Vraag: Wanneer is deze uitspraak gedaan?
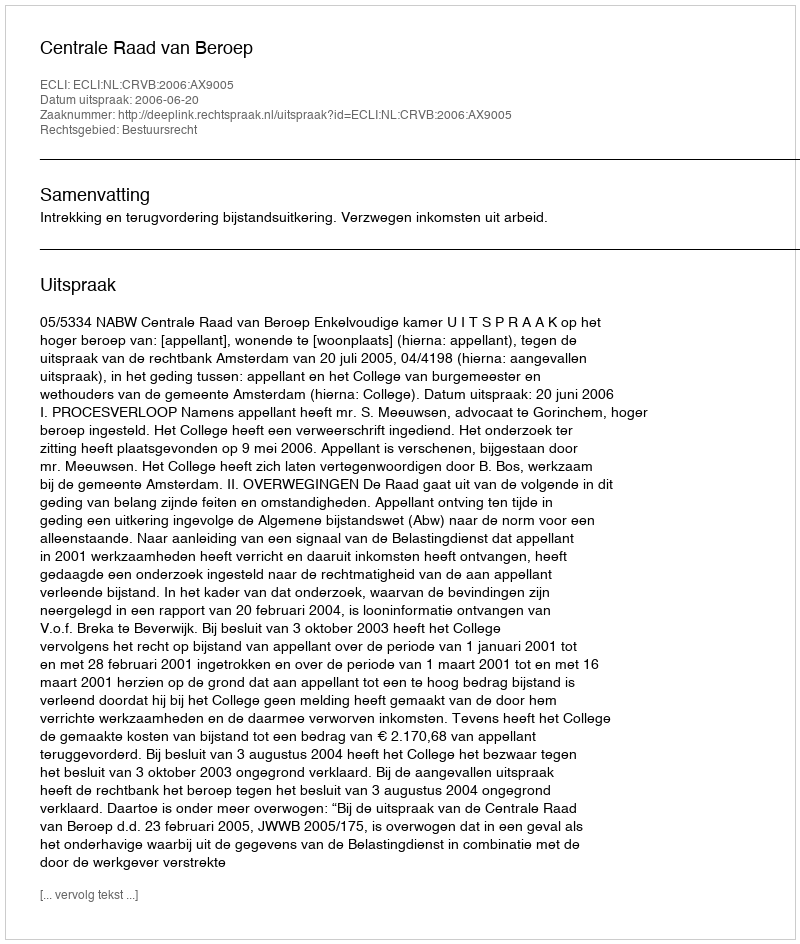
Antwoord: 2006-06-20